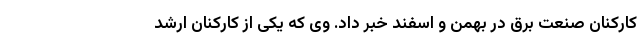
کارکنان صنعت برق در بهمن و اسفند خبر داد. وی که یکی از کارکنان ارشد